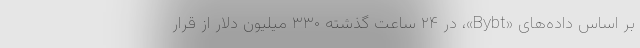
بر اساس داده‌های «Bybt»، در ۲۴ ساعت گذشته ۳۳۰ میلیون دلار از قرار